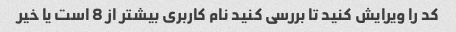
کد را ویرایش کنید تا بررسی کنید نام کاربری بیشتر از 8 است یا خیر